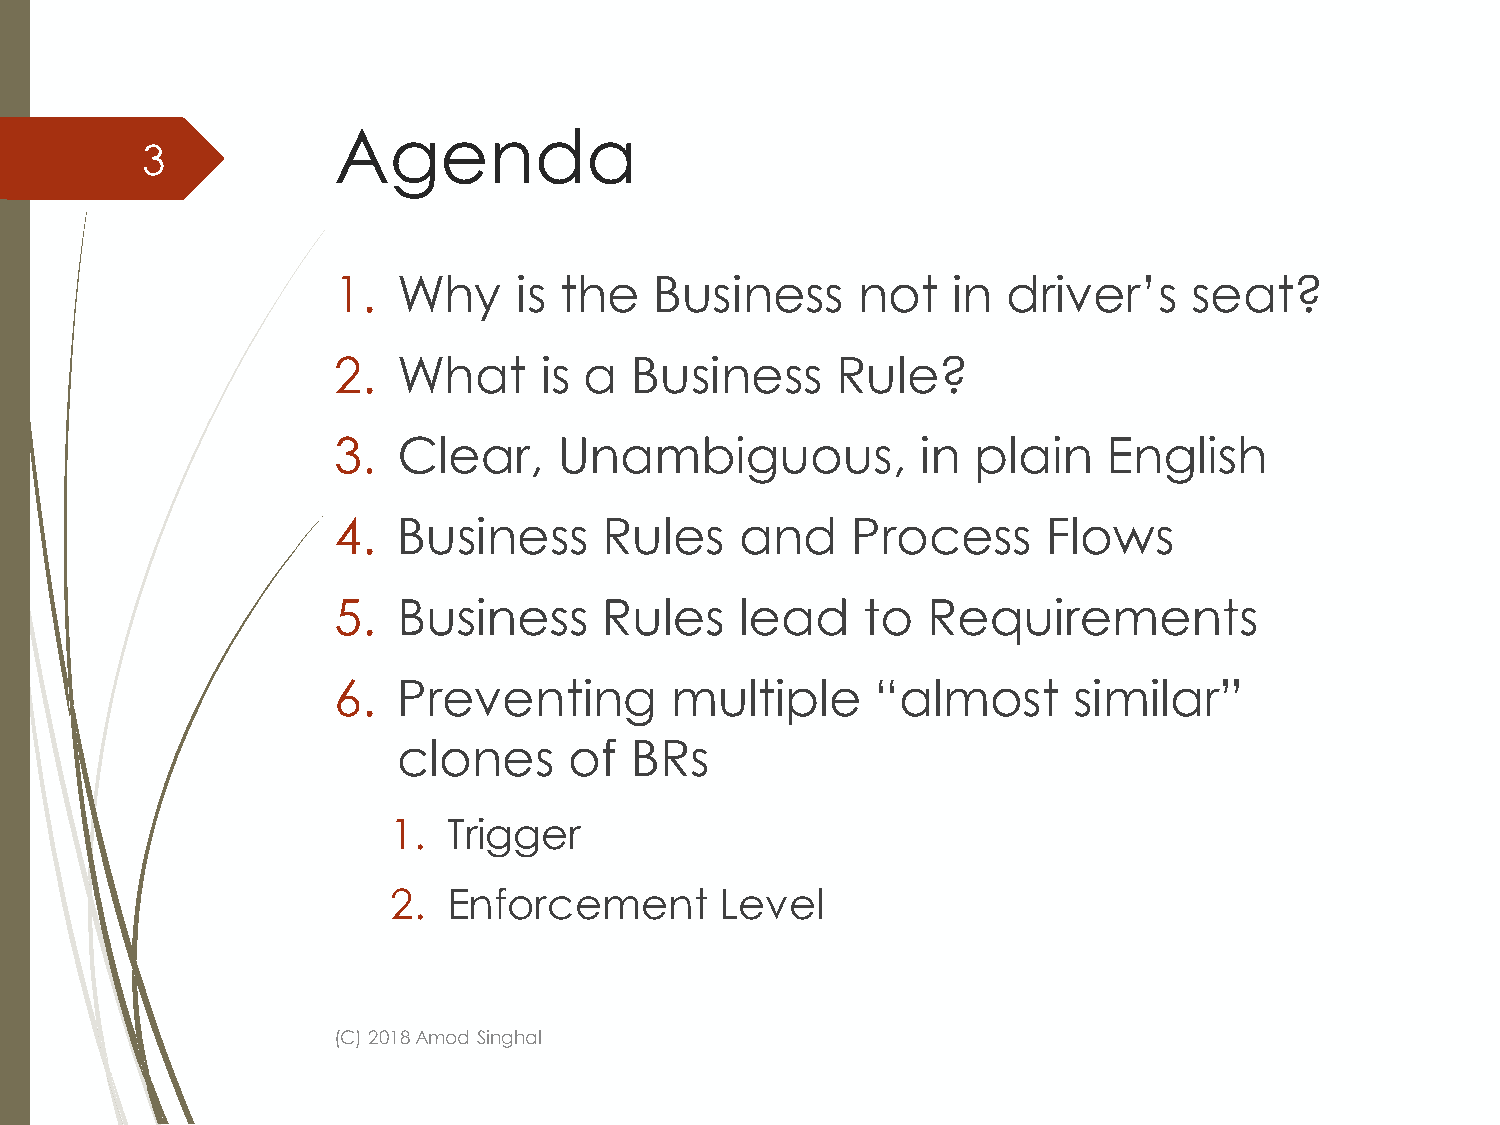
Agenda
 3
 1.  Why     is the   Business      not   in  driver’s    seat?
 2.  What      is a  Business     Rule?
 3.  Clear,     Unambiguous,            in plain    English
 4.  Business      Rules    and    Process      Flows
 5.  Business      Rules    lead    to  Requirements
 6.  Preventing        multiple      “almost      similar”
 clones      of  BRs
 1.  Trigger
 2.  Enforcement       Level
 (C) 2018 Amod Singhal